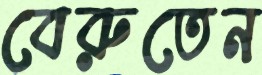
বেরুতেন